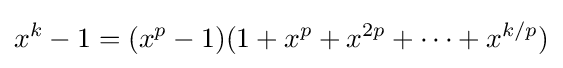
x^{k}-1=(x^{p}-1)(1+x^{p}+x^{2p}+\dots +x^{k/p})